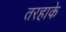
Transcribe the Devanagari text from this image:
तरहाके